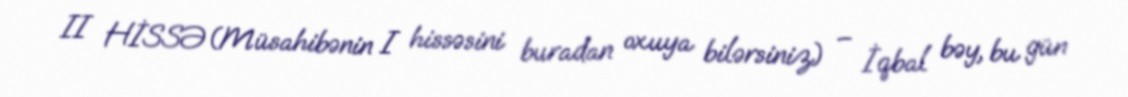
II HİSSƏ(Müsahibənin I hissəsini buradan oxuya bilərsiniz) – İqbal bəy, bu gün